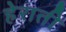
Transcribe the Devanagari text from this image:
हेराती